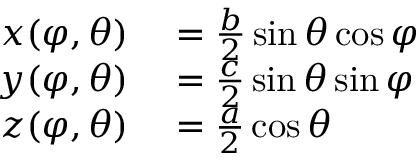
\begin{array} { r l } { x ( \varphi , \theta ) } & { { } = \frac { b } { 2 } \sin \theta \cos \varphi } \\ { y ( \varphi , \theta ) } & { { } = \frac { c } { 2 } \sin \theta \sin \varphi } \\ { z ( \varphi , \theta ) } & { { } = \frac { a } { 2 } \cos \theta } \end{array}